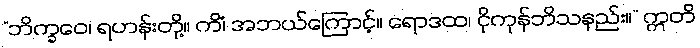
“ဘိက္ခဝေ၊ ရဟန်းတို့။ ကိံ၊ အဘယ်ကြောင့်။ ရောဒထ၊ ငိုကုန်ဘိသနည်း။” ဣတိ